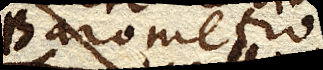
Barometrum